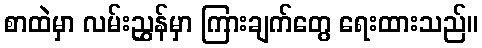
စာထဲမှာ လမ်းညွှန်မှာ ကြားချက်တွေ ရေးထားသည်။